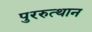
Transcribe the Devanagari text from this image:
पुररुत्थान